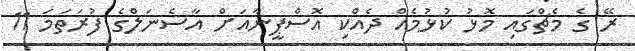
ރޭ ގެ މެޗްގައި މޮޅު ކުޅުމެއް ދެއްކި އޮސްޕީނާއަށް އާސެނަލްގެ ފުރަތަމަ 11